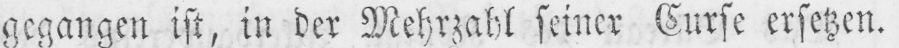
gegangen ist, in der Mehrzahl seiner Curse ersetzen.